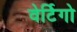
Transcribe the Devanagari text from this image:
वेर्टिगो